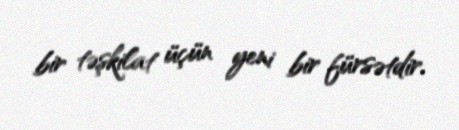
bir təşkilat üçün yeni bir fürsətdir.